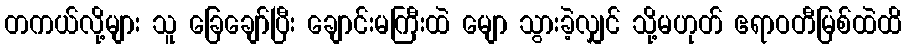
တကယ်လို့များ သူ ခြေချော်ပြီး ချောင်းမကြီးထဲ မျော သွားခဲ့လျှင် သို့မဟုတ် ဧရာဝတီမြစ်ထဲထိ